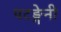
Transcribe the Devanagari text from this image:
पटङ्गेनी